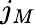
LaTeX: j_{M}